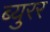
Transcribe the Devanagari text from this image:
ब्युरर